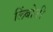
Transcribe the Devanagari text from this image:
लिंबोजी